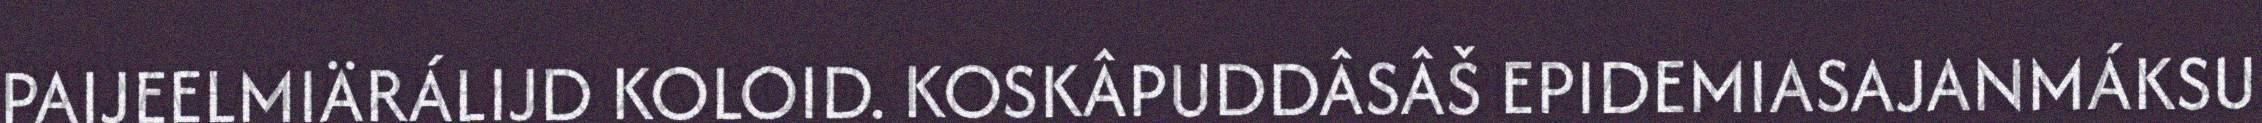
PAIJEELMIÄRÁLIJD KOLOID. KOSKÂPUDDÂSÂŠ EPIDEMIASAJANMÁKSU